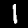
Label: 1